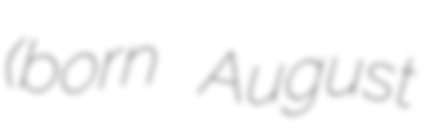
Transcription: (born August